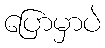
ပြောမှာပဲ